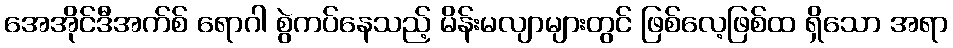
အေအိုင်ဒီအက်စ် ရောဂါ စွဲကပ်နေသည့် မိန်းမလျာများတွင် ဖြစ်လေ့ဖြစ်ထ ရှိသော အရာ